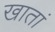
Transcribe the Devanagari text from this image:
खातां